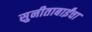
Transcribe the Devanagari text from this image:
सुनीताबाईंचा